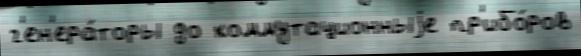
г'ен'ера́торы до коммутационныjе пр'ибо́ров